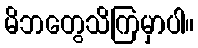
မိဘတွေသိကြမှာပါ။